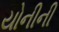
યોનીની